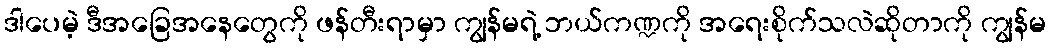
ဒါပေမဲ့ ဒီအခြေအနေတွေကို ဖန်တီးရာမှာ ကျွန်မရဲ့ ဘယ်ကဏ္ဍကို အရေးစိုက်သလဲဆိုတာကို ကျွန်မ